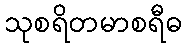
သုစရိတမာစရီဓ